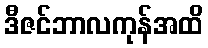
ဒီဇင်ဘာလကုန်အထိ